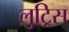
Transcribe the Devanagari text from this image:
लुट्रिस